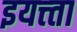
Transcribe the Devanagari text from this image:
इयत्त्ता